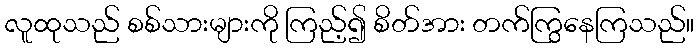
လူထုသည် စစ်သားများကို ကြည့်၍ စိတ်အား တက်ကြွနေကြသည်။